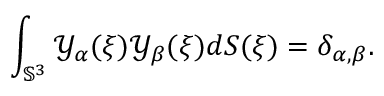
\int _ { { \mathbb S } ^ { 3 } } { \mathscr Y } _ { \alpha } ( \xi ) { \mathscr Y } _ { \beta } ( \xi ) d S ( \xi ) = \delta _ { \alpha , \beta } .